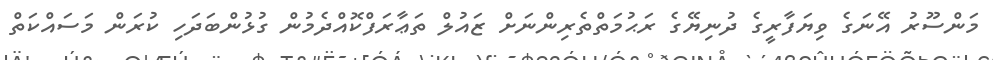
މަންސޫރު އޭނަގެ ވިޔަފާރީގެ ދުނިޔޭގެ ރަޙުމަތްތެރިންނަށް ޒައުލް ތަޢާރަފްކޮއްދެމުން ގުޅުންބަދަހި ކުރަން މަސައްކަތް